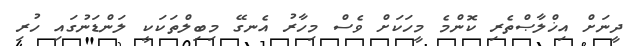
ދީނަށް އިޚްލާޞްތެރި ކޮންމެ މީހަކަށް ވެސް މިހާރު އެނގޭ މިބިލްތަކަކީ ލަންޑަނުގައި ހުރި